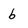
Character: b